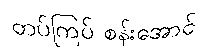
တပ်ကြပ် စန်းအောင်